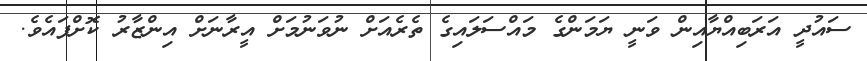
ސައުދީ އަރަބިއްޔާއިން ވަނީ ޔަމަންގެ މައްސަލައިގެ ތެރެއަށް ނުވަނުމަށް އީރާނަށް އިންޒާރު ކޮށްފައެވެ.